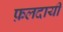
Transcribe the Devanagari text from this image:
फ़लदायी